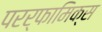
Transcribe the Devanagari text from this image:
परर्फामिक्स